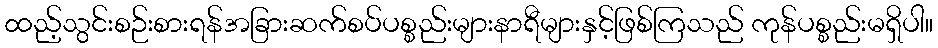
ထည့်သွင်းစဉ်းစားရန်အခြားဆက်စပ်ပစ္စည်းများနာရီများနှင့်ဖြစ်ကြသည် ကုန်ပစ္စည်းမရှိပါ။